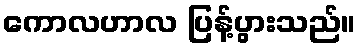
ကောလဟာလ ပြန့်ပွားသည်။